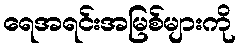
ရေအရင်းအမြစ်များကို